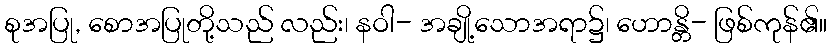
စုအပြု, စောအပြုတို့သည် လည်း၊ နဝါ- အချို့သောအရာ၌၊ ဟောန္တိ- ဖြစ်ကုန်၏။